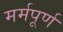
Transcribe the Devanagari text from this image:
मर्मपूर्ण